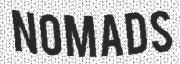
NOMADS